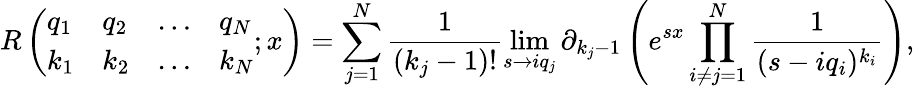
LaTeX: R\left(\begin{array}{llll}{q_{1}}&{q_{2}}&{\ldots}&{q_{N}}\\ {k_{1}}&{k_{2}}&{\ldots}&{k_{N}}\end{array};x\right)=\sum_{j=1}^{N}\frac{1}{(k_{j}-1)!}\operatorname*{lim}_{s\to iq_{j}}\partial_{k_{j}-1}\left(e^{sx}\prod_{i\neq j=1}^{N}\frac{1}{(s-iq_{i})^{k_{i}}}\right),